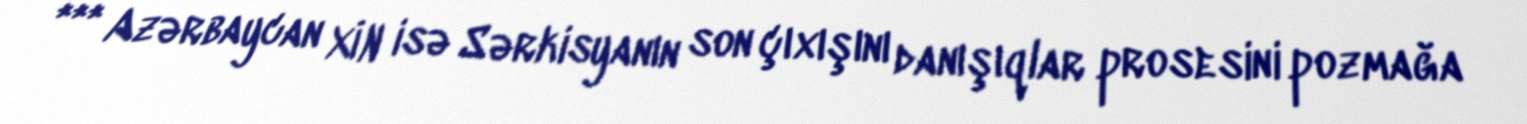
*** Azərbaycan XİN isə Sərkisyanın son çıxışını danışıqlar prosesini pozmağa